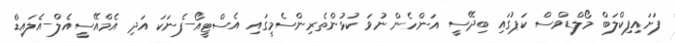
ފަށައިފިކްލަބް މޯލްޑިވްސް ކަޕުގައި ބިދޭސީ އަންހެން ނުވަ ކުޅުންތެރިންސެމީގައި އެސްޓީއޯ-ފެނަކަ އަދި އެމްއޭސީއެލް-އެލައިޑް